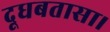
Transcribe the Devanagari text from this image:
दूधबतासा।